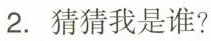
2.猜猜我是谁?